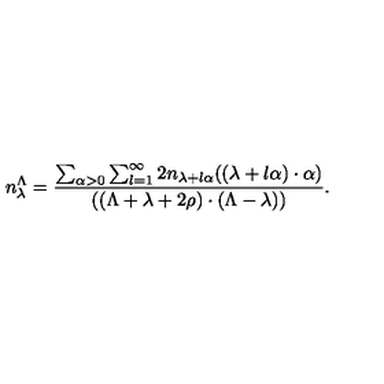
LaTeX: n _ { \lambda } ^ { \Lambda } = \frac { \sum _ { \alpha > 0 } \sum _ { l = 1 } ^ { \infty } 2 n _ { \lambda + l \alpha } ( ( \lambda + l \alpha ) \cdot \alpha ) } { ( ( \Lambda + \lambda + 2 \rho ) \cdot ( \Lambda - \lambda ) ) } .